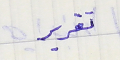
تقرير